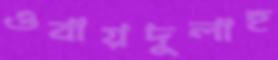
ওবায়দুলাহ